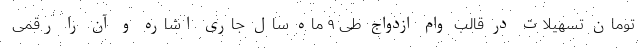
تومان تسهیلات در قالب وام ازدواج طی ۹ ماه سال جاری اشاره و آن را رقمی